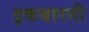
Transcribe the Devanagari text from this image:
इकबारगी